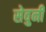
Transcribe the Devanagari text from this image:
सेवुनी